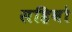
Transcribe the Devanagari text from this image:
सहिबो